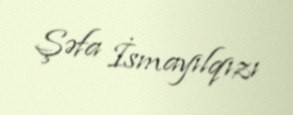
Şəfa İsmayılqızı